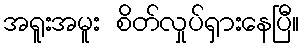
အရူးအမူး စိတ်လှုပ်ရှားနေပြီ။